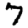
Digit: 7